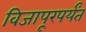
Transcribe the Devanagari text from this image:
विजापूरपर्यंत